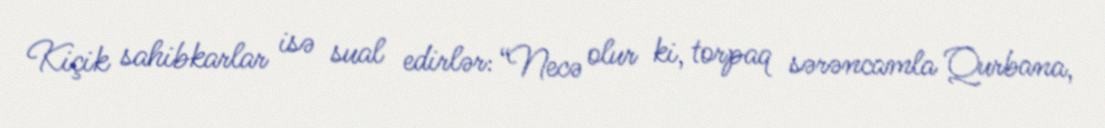
Kiçik sahibkarlar isə sual edirlər: “Necə olur ki, torpaq sərəncamla Qurbana,